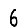
Digit: 6